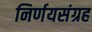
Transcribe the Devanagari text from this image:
निर्णयसंग्रह